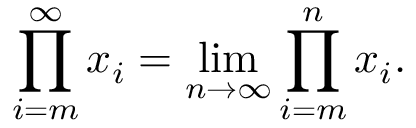
\prod _ { i = m } ^ { \infty } x _ { i } = \operatorname* { l i m } _ { n \to \infty } \prod _ { i = m } ^ { n } x _ { i } .